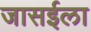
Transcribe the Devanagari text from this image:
जासईला